Civil Veterinary Dept. North-West Frontier Province 1923-32 - 1923-1932
Year: 1923
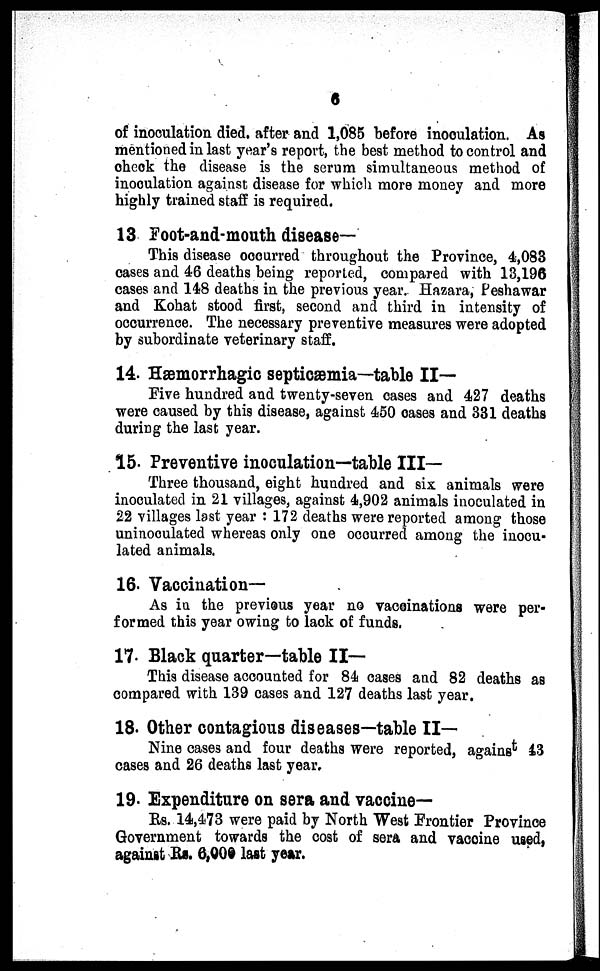
6
of inoculation died. after and 1,085 before inoculation. As
mentioned in last year's report, the best method to control and
check the disease is the serum simultaneous method of
inoculation against disease for which more money and more
highly trained staff is required.
13 Foot-and-mouth disease—
This disease occurred throughout the Province, 4,083
cases and 46 deaths being reported, compared with 13,196
cases and 148 deaths in the previous year. Hazara, Peshawar
and Kohat stood first, second and third in intensity of
occurrence. The necessary preventive measures were adopted
by subordinate veterinary staff.
14. Hæmorrhagic septicæmia—table II—
Five hundred and twenty-seven cases and 427 deaths
were caused by this disease, against 450 cases and 331 deaths
during the last year.
15. Preventive inoculation—table III-
Three thousand, eight hundred and six animals were
inoculated in 21 villages, against 4,902 animals inoculated in
22 villages last year : 172 deaths were reported among those
uninoculated whereas only one occurred among the inocu-
lated animals.
16. Vaccination—
As in the previous year no vacoinations were per-
formed this year owing to lack of funds.
17. Black quarter—table II—
This disease accounted for 84 cases and 82 deaths as
compared with 139 cases and 127 deaths last year.
18. Other contagious diseases—table II—
Nine cases and four deaths were reported, against 43
cases and 26 deaths last year.
19. Expenditure on sera and vaccine—
Rs. 14,473 were paid by North West Frontier Province
Government towards the cost of sera and vaccine used,
against Rs. 6,000 last year.